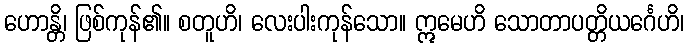
ဟောန္တိ၊ ဖြစ်ကုန်၏။ စတူဟိ၊ လေးပါးကုန်သော။ ဣမေဟိ သောတာပတ္တိယင်္ဂေဟိ၊